Note on the mental hospitals in Burma - 1925-1940
Year: 1925
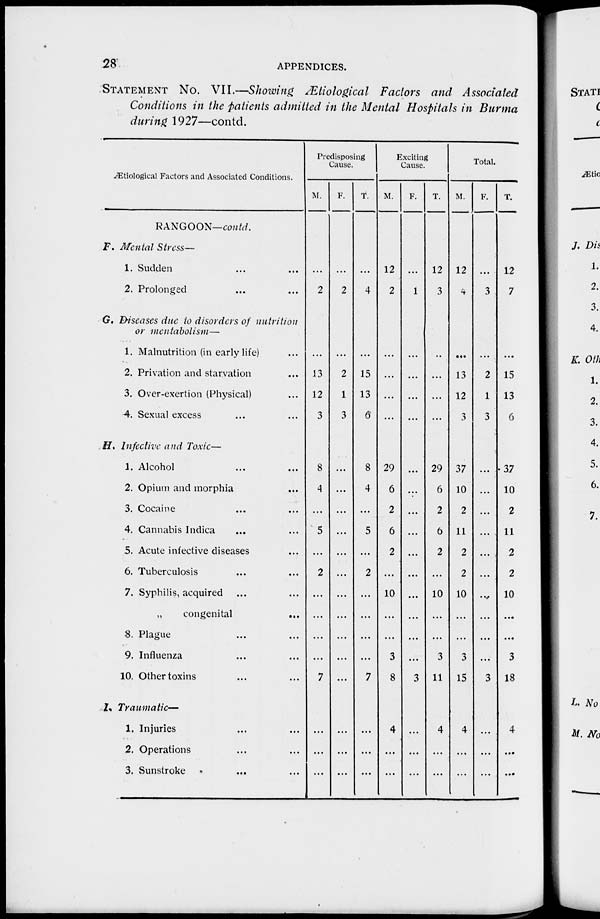
28
APPENDICES.
STATEMENT NO. VII.—Showing Ætiological Factors and Associated
Conditions in the patients admitted in the Mental Hospitals in Burma
during 1927—contd.
Ætiological Factors and Associated Conditions.
RANGOON—contd.
F. Mental Stress—
1. Sudden ... ...
2. Prolonged ... ...
G. Diseases due to disorders of nutrition
or mentabolism—
1. Malnutrition (in early life) ...
2. Privation and starvation ...
3. Over-exertion (Physical) ...
4. Sexual excess ... ...
H. Infective and Toxic—
1. Alcohol ... ...
2. Opium and morphia ...
3. Cocaine ... ...
4. Cannabis Indica ... ...
5. Acute infective diseases ...
6. Tuberculosis ... ...
7. Syphilis, acquired ... ...
„
congenital
...
8. Plague ... ...
9. Influenza ... ...
10. Other toxins ... ...
I. Traumatic—
1. Injuries ... ...
2. Operations ... ...
3. Sunstroke ... ...
Predisposing
Cause.
M.
...
2
...
13
12
3
8
4
...
5
...
2
...
...
...
...
7
...
...
...
F.
...
2
...
2
1
3
...
...
...
...
...
...
...
...
...
...
...
...
...
T.
...
4
...
15
13
6
8
4
...
5
...
2
...
...
...
...
7
...
...
...
Exciting
Cause.
M.
12
2
...
...
...
...
29
6
2
6
2
...
10
...
...
3
8
4
...
...
F.
...
1
...
...
...
...
...
...
...
...
...
...
...
...
...
...
3
...
...
...
T.
12
3
...
...
...
...
29
6
2
6
2
...
10
...
...
3
11
4
...
...
Total.
M.
12
4
...
13
12
3
37
10
2
11
2
2
10
...
...
3
15
4
...
...
F.
...
3
...
2
1
3
...
...
...
...
...
...
...
...
...
...
3
...
...
...
T.
12
7
...
15
13
6
37
10
2
11
2
2
10
...
...
3
18
4
...
...